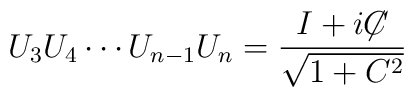
U_3 U_4 \cdots U_{n-1} U_n = {I + i{\not\!\! C} \over \sqrt{1+C^2}}